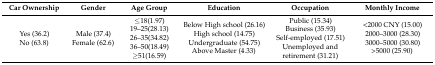
<table><thead><tr><td><b>Car Ownership</b></td><td><b>Gender</b></td><td><b>Age Group</b></td><td><b>Education</b></td><td><b>Occupation</b></td><td><b>Monthly Income</b></td></tr></thead><tbody><tr><td>Yes (36.2)No (63.8)</td><td>Male (37.4) Female (62.6)</td><td>≤18(1.97)19–25(28.13)26–35(34.82)36–50(18.49)≥51(16.59)</td><td>Below High school (26.16) High school (14.75) Undergraduate (54.75)Above Master (4.33)</td><td>Public (15.34)Business (35.93)Self-employed (17.51)Unemployed and retirement (31.21)</td><td>&lt;2000 CNY (15.00)2000–3000 (28.30)3000–5000 (30.80)&gt;5000 (25.90)</td></tr></tbody></table>